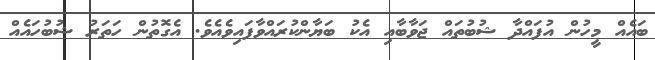
ބައެއް މީހުން އުފައްދާ ޝުބުތައް ޖަވާބާއި އެކު ބަޔާންކުރައްވާފައިވެއެވެ. އެގޮތުން ހަތަރު ޝުބުހައެއް